Report on vaccination in Madras 1922-1929 - 1922-1929
Year: 1922
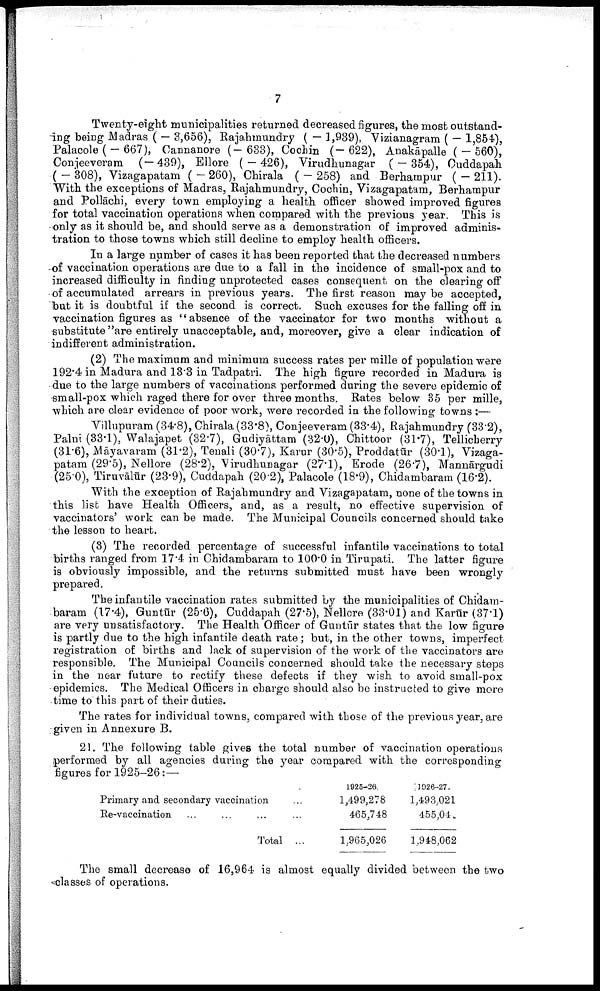
7
Twenty-eight municipalities returned decreased figures, the most outstand
ing being Madras ( — 3,656), Rajahmundry ( — 1,939), Vizianagram ( — 1,854),
Palacole(—667), Cannanore (—633), Cochin (— 622), Anakāpalle (-560),
Conjeeveram (—439), Ellore ( — 426), Virudhunagar ( — 354), Cuddapah
( — 308), Vizagapatam (
— 260), Chirala ( - 258) and Berhampur ( - 211).
With the exceptions of Madras, Rajahmundry, Cochin, Vizagapatam, Berhampur
and Pollāchi, every town employing a health officer showed improved figures
for total vaccination operations when compared with the previous year. This is
only as it should be, and should serve as a demonstration of improved adminis
tration to those towns which still decline to employ health officers.
In a large number of cases it has been reported that the decreased numbers
of vaccination operations are due to a fall in the incidence of small-pox and to
increased difficulty in finding unprotected cases consequent on the clearing off
of accumulated arrears in previous years. The first reason may be accepted,
but it is doubtful if the second is correct. Such excuses for the falling off in
vaccination figures as "absence of the vaccinator for two months without a
substitute "are entirely unacceptable, and, moreover, give a clear indication of
indifferent administration.
(2) The maximum and minimum success rates per mille of population were
192.4 in Madura and 13.3 in Tadpatri. The high figure recorded in Madura is
due to the large numbers of vaccinations performed during the severe epidemic of
small-pox which raged there for over three months. Rates below 35 per mille,
which are clear evidence of poor work, were recorded in the following towns :—
Villupuram (34.8), Chirala (33.8), Conjeeveram (33.4), Rajahmundry (33.2),
Palni (33.1), Walajapet (32.7), Gudiyāttam (32.0), Chittoor (31.7), Tellicherry
(31.6), Māyavaram (31.2), Tenali (30.7), Karur (30.5), Proddatūr (30.1), Vizaga
patam (29.5), Nellore (28.2), Virudhunagar (27.1), Erode (26.7), Mannārgudi
(25.0), Tiruvalūr (23.9), Cuddapah (20.2), Palacole (18.9), Chidambaram (16.2).
With the exception of Rajahmundry and Vizagapatam, none of the towns in
this list have Health Officers, and, as a result, no effective supervision of
vaccinators' work can be made. The Municipal Councils concerned should take
the lesson to heart.
(3) The recorded percentage of successful infantile vaccinations to total
births ranged from 17.4 in Chidambaram to 100.0 in Tirupati. The latter figure
is obviously impossible, and the returns submitted must have been wrongly
prepared.
The infantile vaccination rates submitted by the municipalities of Chidam
baram (17.4), Guntūr (25.6), Cuddapah (27.5), Nellore (33.01) and Karūr (37.1)
are very unsatisfactory. The Health Officer of Guntūr states that the low figure
is partly due to the high infantile death rate; but, in the other towns, imperfect
registration of births and lack of supervision of the work of the vaccinators are
responsible. The Municipal Councils concerned should take the necessary steps
in the near future to rectify these defects if they wish to avoid small-pox
epidemics. The Medical Officers in charge should also be instructed to give more
time to this part of their duties.
The rates for individual towns, compared with those of the previous year, are
given in Annexure B.
21. The following table gives the total number of vaccination operations
performed by all agencies during the year compared with the corresponding
figures for 1925-26:—
Primary and secondary vaccination ...
Re-vaccination ... ... ... ...
Total ...
1925-26.
1,499,278
465,748
1,965,026
1926-27.
1,493,021
455,04
1,948,062
The small decrease of 16,964 is almost equally divided between the two
classes of operations.